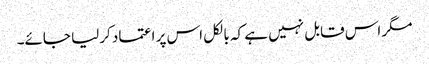
مگر اس قابل نہیں ہے کہ بالکل اس پر اعتماد کرلیا جائے۔